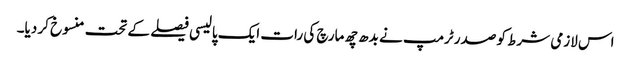
اس لازمی شرط کو صدر ٹرمپ نے بدھ چھ مارچ کی رات ایک پالیسی فیصلے کے تحت منسوخ کر دیا۔